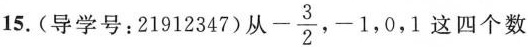
15.(导学号：21912347)从-\frac{3}{2},-1,0,1这四个数